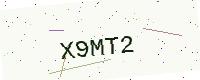
Text: X9MT2